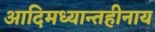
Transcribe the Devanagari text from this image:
आदिमध्यान्तहीनाय